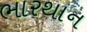
ભારથાન